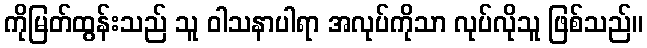
ကိုမြတ်ထွန်းသည် သူ ဝါသနာပါရာ အလုပ်ကိုသာ လုပ်လိုသူ ဖြစ်သည်။